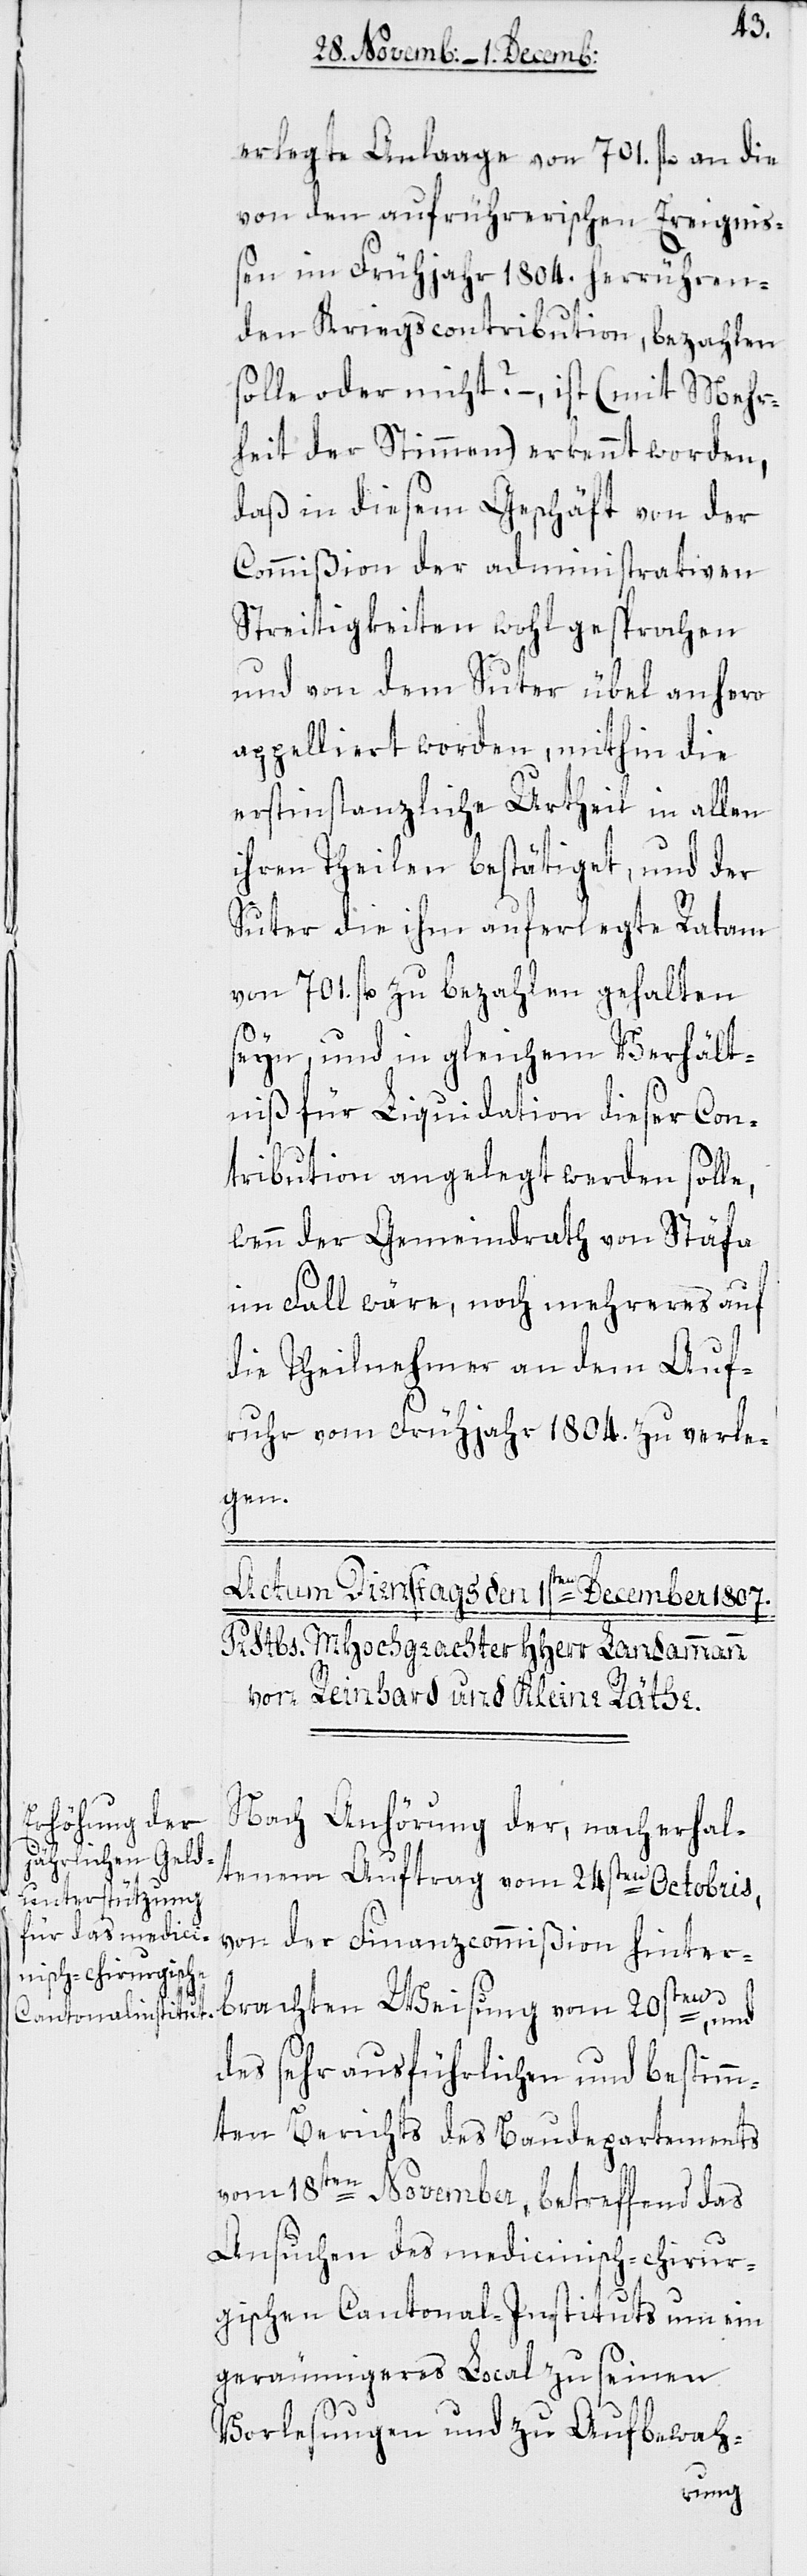
erlegte Anlaage von 701 fl. an die
von den aufrührerischen Ereigniß¬
en im Frühjahr 1804. herrühren¬
den Kriegscontribution, bezahlen
solle oder nicht? – ,ist (mit Mehr¬
heit der Stimmen) erkennt worden,
daß in diesem Geschäft von der
Commißion der administrativen
Streitigkeiten wohl gesprochen
und von dem Suter übel anhero
appelliert worden, mithin die
erstinstanzliche Urtheil in allen
ihren Theilen bestätiget, und der
Suter die ihm auferlegte Ratam
von 701 fl. zu bezahlen gehalten
seyn, und in gleichem Verhält¬
niß für die Liquidation dieser Con¬
tribution angelegt werden soll¬
wenn der Gemeindrath von Stäfa
im Fall wäre, noch Mehreres auf
die Theilnehmer an dem Auf¬
ruhr vom Frühjahr 1804. zu verle¬
gen.
Nach Anhörung der, nach erhal¬
brachten Weis¬
tenem Auftrag vom 24sten Octobris,
von der Finanzcommißion hinter¬
des sehr ausführlichen und bestimm¬
ten Berichts des Baudepartements
vom 18ten November, betreffend das
Ansuchen des medicinisch-chirur¬
gischen Cantonal-Instituts um ein
geräumigeres Local zu seinen
Vorlesungen und zu Aufbewah-
ung